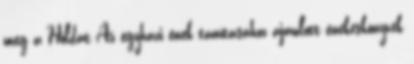
meg a Holdat Az egyházi ének tanításához ajánlott énekeskönyvek